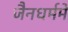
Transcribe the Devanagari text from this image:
जैनधर्ममें